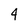
Character: 4